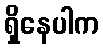
ရှိနေပါက